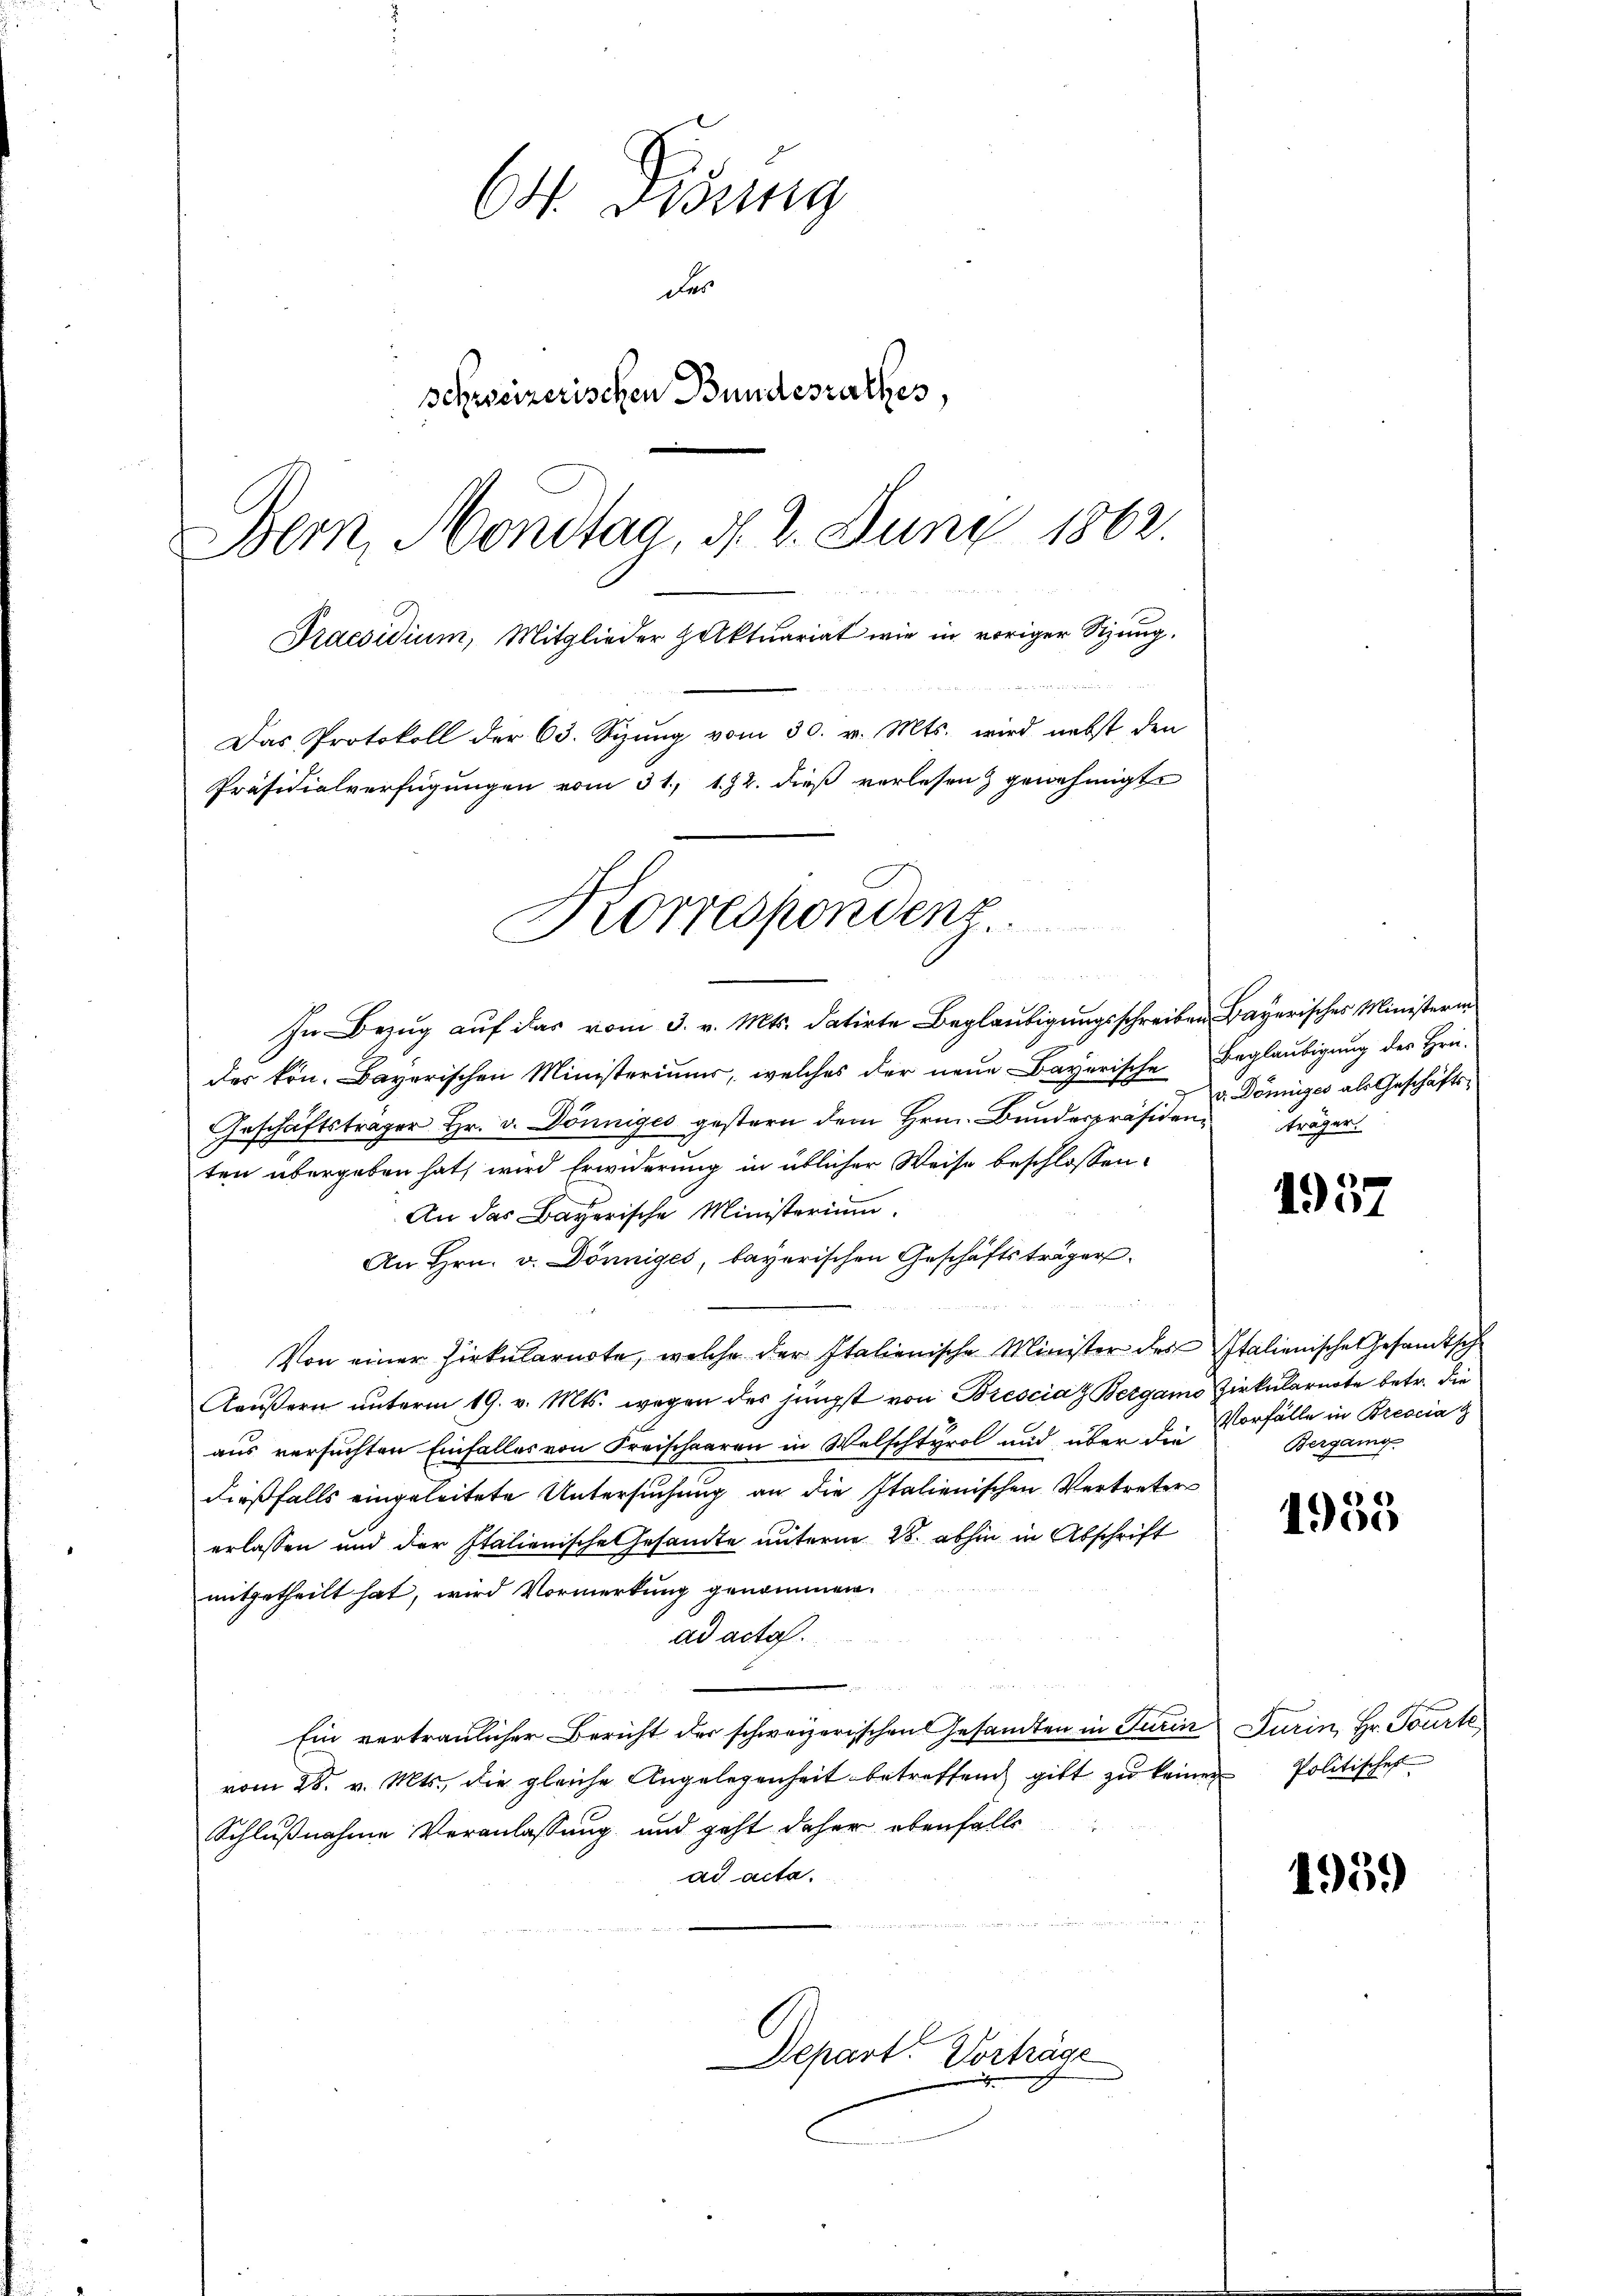
O. Disung
der
schweizerischen Bundesrathes,
Bern, Mondtag, d. 2. Juny 1862.
Praesidium, Mitglieder Holktuariat wie in voriger Sizung.
Das Protokoll der 63. Sizung vom 30. v. Mts. wird nebst den
Präsidialverfügungen vom 31. 192. dieß verlesen & genehmigte

Korrespondenz

In Bezug auf das vom 3. v. Mts. datirte Beglaubigungsschreiben Bayerisches Ministerin
des kön. Bayerischen Ministeriums, welches der neŭe Bayerische Beglaubigung des Hrn.
Geschäftsträger Hr. v. Dönniges gestern dem Hrn. Bunderpräsidenz träger
ten übergeben hat, wird Erwiderung in üblicher Weise beschlossen:
An das Bayerische Ministerium.
An Hrn. v. Dönniges, bayerischen Geschäftsträger
Von einer Zirkŭlarirte, welche der Italienische Minister des Italienische Gesandtsch
Kaŭβern ŭnterm 19. v. Mts. wegen des jüngst von Brescia Bergamo Zirkularnote betr. die
aus versuchten Einfalles von Freischaaren in Welschtyrol und über die
dießfalls eingeleitete Untersuchung an die Italienischen Vertreters
erlassen und der Italienische Gesamte unterm 28. abhin in Abschrift
mitgetheilt hat, wird Vormerkung genommen.
ad acta.
Ein vertraulicher Bericht der schweizerischen Gesandten in Turin Turin, Hr. Tourte
vom 28. v. Mts., die gleiche Angelegenheit betreffend gibt zŭ keinen Politischef
Schlußnahme Veranlassung und geht daher ebenfalls
ad acta.

Depart. Vorträge

v. Dönniges als Geschäfts-

1957

Vorfälle in Brescia
Bergang

1955

1959